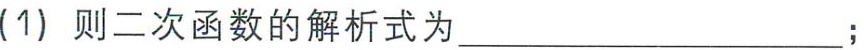
(1) 则二次函数的解析式为  ；